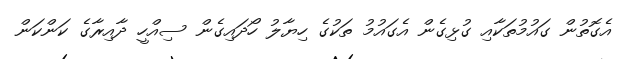
އެގޮތުން ގައުމުތަކާއި ގުޅިގެން އެގައުމު ތަކުގެ ހިޔާލު ހޯދައިގެން ސިއްހީ ދާއިރާގެ ކަންކަން